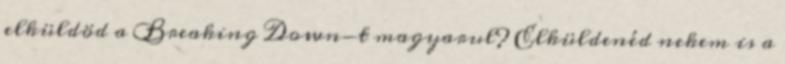
elküldöd a Breaking Down-t magyarul? Elküldenéd nekem is a